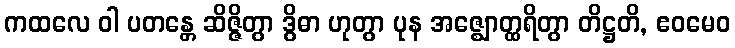
ကထလေ ဝါ ပတန္တေ ဆိဇ္ဇိတွာ ဒွိဓာ ဟုတွာ ပုန အဇ္ဈောတ္ထရိတွာ တိဋ္ဌတိ, ဧဝမေဝ